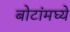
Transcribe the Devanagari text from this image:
बोटांमघ्ये